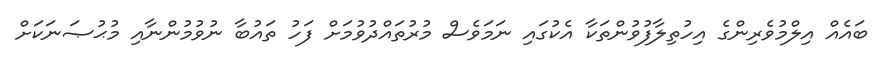
ބައެއް އިލްމުވެރިންގެ އިހުތިލާފުވުންތަކާ އެކުގައި ނަމަވެސް މުރުތައްދުވުމަށް ފަހު ތައުބާ ނުވުމުންނާއި މުޙުޞަނަކަށް